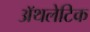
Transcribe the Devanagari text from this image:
अॅथलेटिक